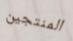
المنتجين